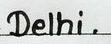
Delhi .